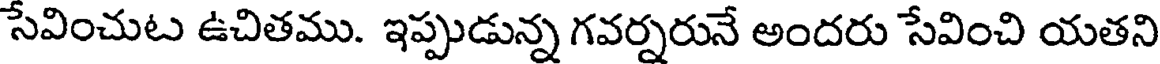
సేవించుట ఉచితము. ఇప్పుడున్న గవర్నరునే అందరు సేవించి యతని